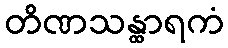
တိဏသန္ထာရကံ